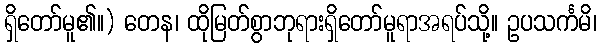
ရှိတော်မူ၏။) တေန၊ ထိုမြတ်စွာဘုရားရှိတော်မူရာအရပ်သို့။ ဥပသင်္ကမိ၊